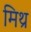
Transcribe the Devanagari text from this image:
मिथ्र